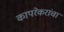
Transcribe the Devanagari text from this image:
कापरेकरांचा